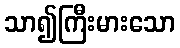
သာ၍ကြီးမားသော